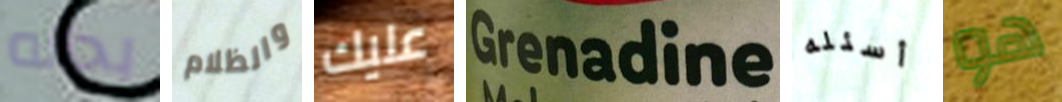
بحاله والظلام عليك Grenadine أسئله هو